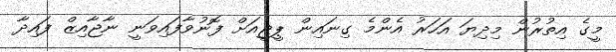
މީގެ އިތުރުން މިދިޔަ އަހަރު އެންމެ ގިނައިން ޕީޖީއަށް ފޮނުވާފައިވަނީ ނާޖާއިޒް ފައިދާ